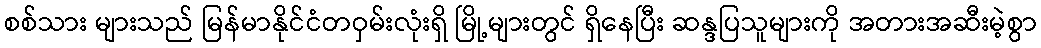
စစ်သား များသည် မြန်မာနိုင်ငံတဝှမ်းလုံးရှိ မြို့များတွင် ရှိနေပြီး ဆန္ဒပြသူများကို အတားအဆီးမဲ့စွာ